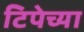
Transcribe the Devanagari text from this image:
टिपेच्या